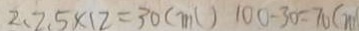
2 . 2 5 \times 1 2 = 3 0 ( m l ) 1 0 0 - 3 0 = 7 0 ( m